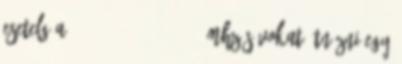
Esetelg a 1725-1730 1820-1825 MHz sávokat átnézni egy